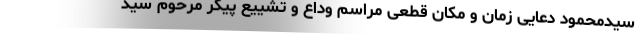
سیدمحمود دعایی زمان و مکان قطعی مراسم وداع و تشییع پیکر مرحوم سید